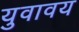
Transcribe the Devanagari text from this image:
युवावय